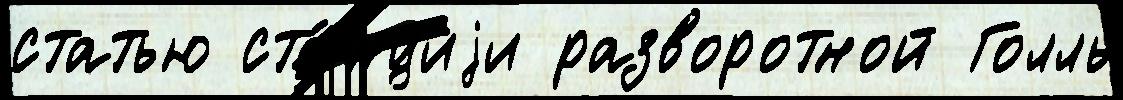
статью ста́нциjи разворотной Голль